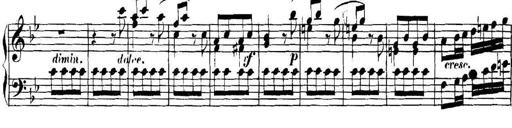
Title: Collected Piano Sonatas
Composer: Muzio Clementi